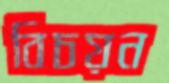
বিচয়ন